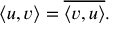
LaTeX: \langle u , v \rangle = { \overline { { \langle v , u \rangle } } } .